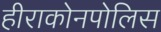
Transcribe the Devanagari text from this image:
हीराकोनपोलिस